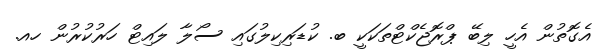
އެގޮތުން އެހީ ލިބޭ ޕްރޮޖެކްޓްތަކަކީ ބ. ކުޑަރިކިލުގައި ސޯލާ ލައިޓް ހަރުކުރުން ހއ.